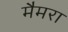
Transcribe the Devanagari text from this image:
मैमरा